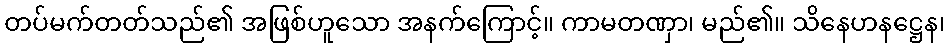
တပ်မက်တတ်သည်၏ အဖြစ်ဟူသော အနက်ကြောင့်။ ကာမတဏှာ၊ မည်၏။ သိနေဟနဋ္ဌေန၊